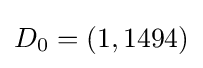
D_{0}=\left(1,1494\right)